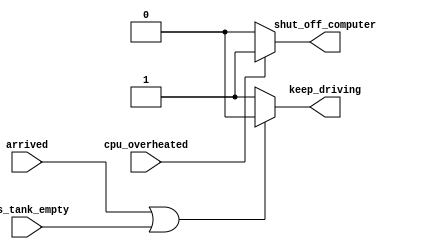
// synthesis verilog_input_version verilog_2001
module top_module (
    input      cpu_overheated,
    output reg shut_off_computer,
    input      arrived,
    input      gas_tank_empty,
    output reg keep_driving  ); //

    always @(*) begin
        if (cpu_overheated)
           shut_off_computer = 1;
        else
           shut_off_computer = 0;
    end

    always @(*) begin
        if (arrived || gas_tank_empty)
           keep_driving = 0;
        else 
            keep_driving = 1;
    end

endmodule